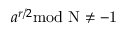
a ^ { r / 2 } \mathrm { { m o d } ~ N \neq - 1 }